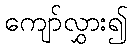
ကျော်လွှား၍